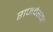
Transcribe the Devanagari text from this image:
राजवेश्या